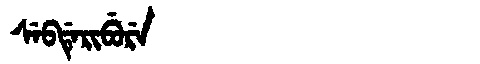
Manchu: ᠰᡝᠪᡩᡝᡵᡳᠪᡠᡵᡝ
Romanization: SEBDERIBURE